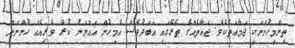
ތިންމީހުންނަކީ ޖަމާޢަތެކެވެ. ޖަޢާތެއްގެ ތެރޭގައި އަބަދުވެސް އެމީހުން ޢައްޔަނު ކުރާ ވެރިއެއް ހުންނަން